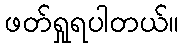
ဖတ်ရှုရပါတယ်။